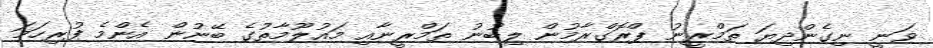
ވަނީ ނިގެންދިޔަ ތަމްރީނު ޕްރޮގްރާމުން ލިބުނު ތަމްރީނާއި މައުލޫމާތުގެ ބޭނުން އެންމެ ފުރިހަމަ